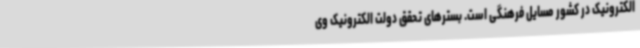
الکترونیک در کشور مسایل فرهنگی است. بسترهای تحقق دولت الکترونیک وی